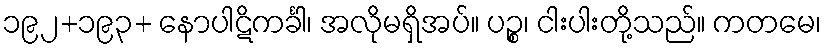
၁၉၂+၁၉၃+ နောပါဋိကင်္ခါ၊ အလိုမရှိအပ်။ ပဉ္စ၊ ငါးပါးတို့သည်။ ကတမေ၊